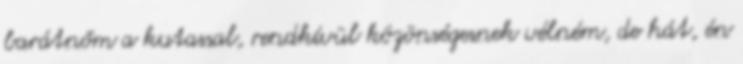
barátnőm a kutassal, rendkívül közönségesnek vélném, de hát, én